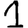
Digit: 1